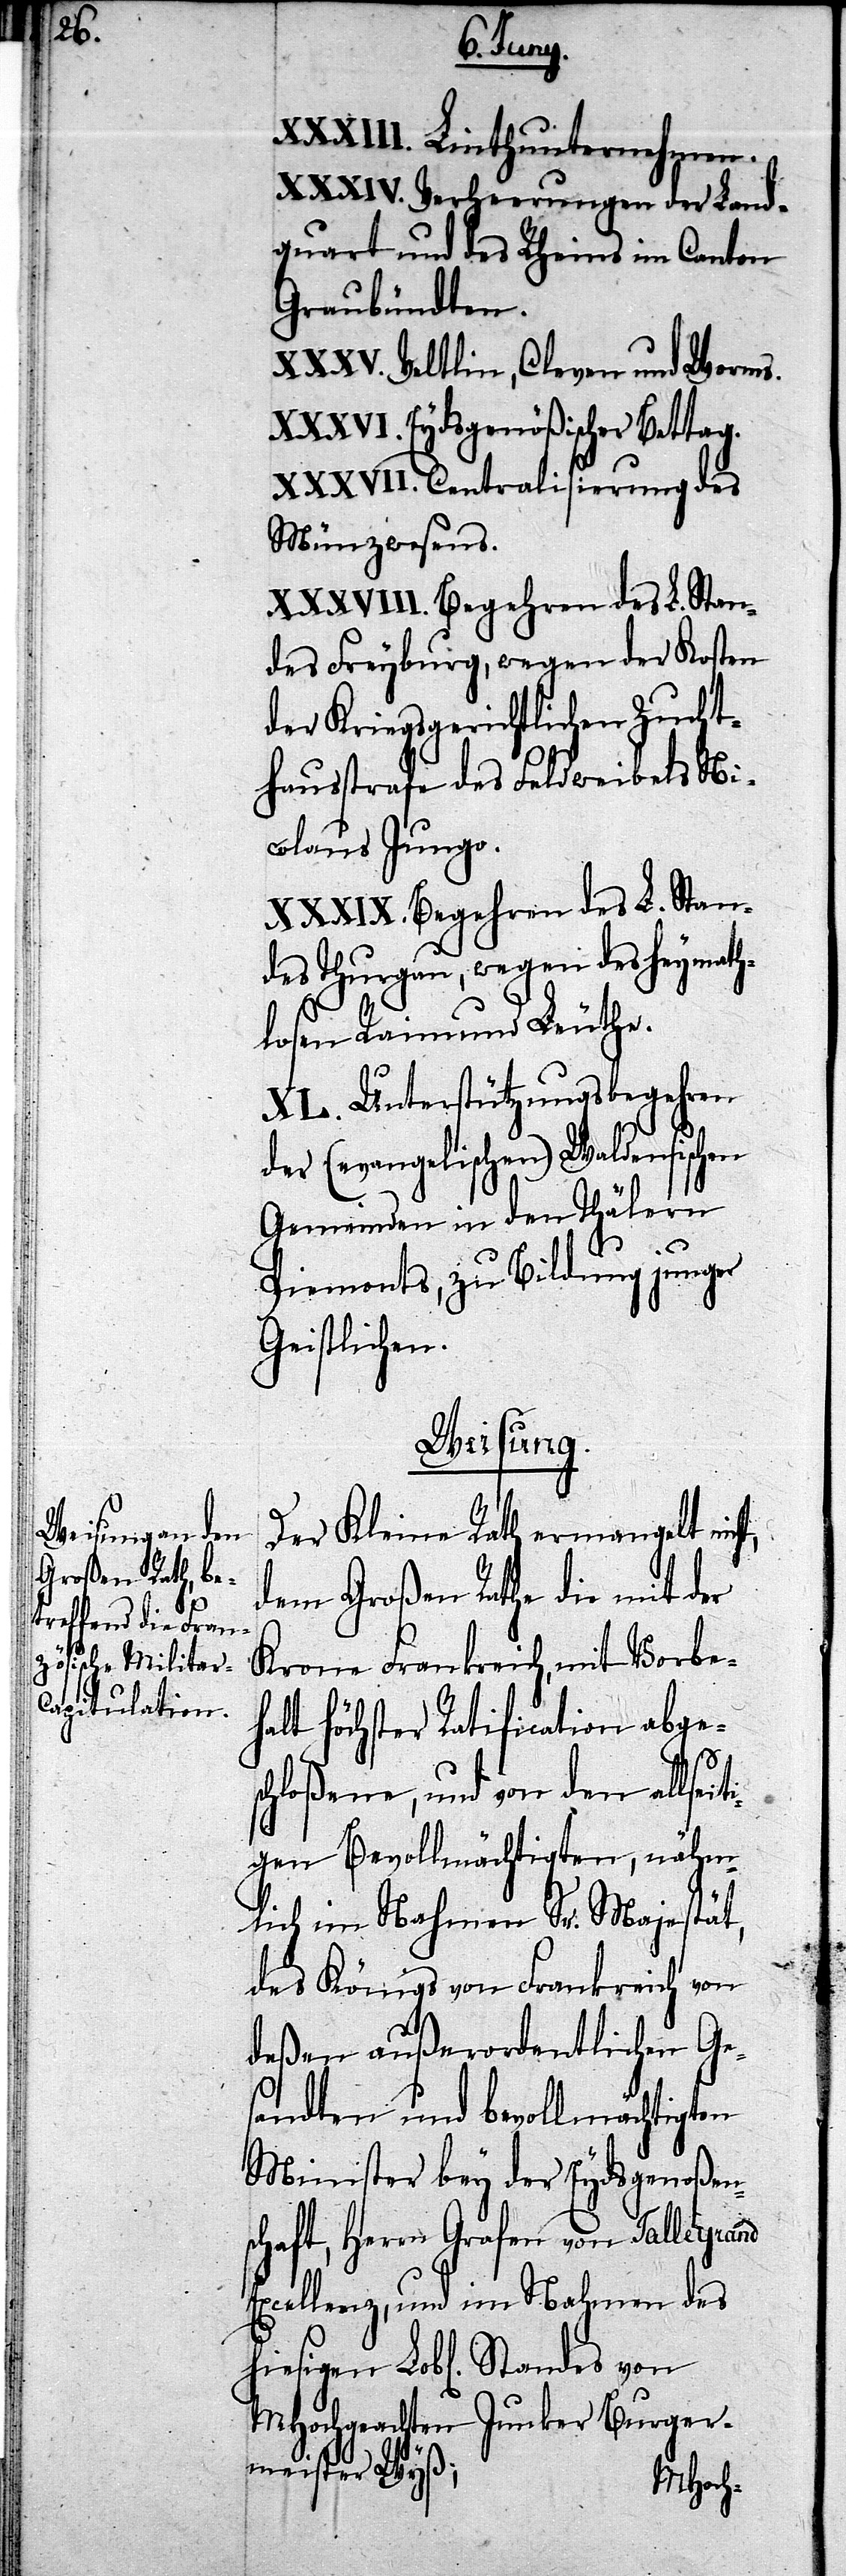
XXXIII. Linthunternehmen.
XXXIV. Verheerungen der Land¬
quart und des Rheins im Canton
Graubündten.
XXXV. Veltlin, Cleven und Worms.
XXXVI. Eydsgenößischer Bettag.
XXXVII. Centralisierung des
Münzwesens.
Begehren des L. Stan¬
des Freyburg, wegen der Kosten
der Kriegsgerichtlichen Zucht¬
hausstrafe des Feldweibels Ni¬
colaus Jungo.
des Thurgau, wegen des heymath¬
losen Raimund Leuthe.
XL. Unterstützungsbegehren
er (evangelischen) Waldensischen
Gemeinden in den Thälern
d¬
Piemonts, zu Bildung junger
Geistlichen.
Weisung.
Der Kleine Rath ermangelt nicht,
dem Großen Rathe die mit der
Krone Frankreich, mit Vorbe¬
halt Höchster Ratification abge¬
schloßene, und von den allseit¬
igen Bevollmächtigten, nähm¬
lich im Nahmen Sr. Majestät,
des Königs von Frankreich von
deßen außerordentlichen Ge¬
sandten und bevollmächtigten
Minister bey der Eydsgenoßen¬
schaft, Herrn Grafen von Talleyrand
Excellenz, und im Nahmen des
MHochgeachten Junker Burger¬
meister Wyß;